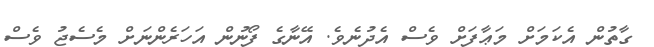
ގާތުން އެކަމަށް މަޢާފަށް ވެސް އެދުނެވެ. އޭނާގެ ފޯނުން އަހަރެންނަށް މެސެޖު ވެސް